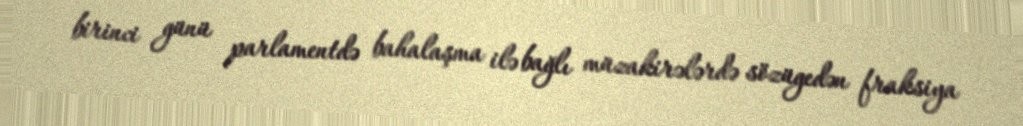
birinci günü parlamentdə bahalaşma ilə bağlı müzakirələrdə sözügedən fraksiya